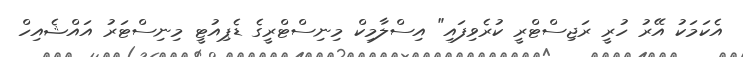
އެކަމަކު އޭރު ހުރީ ރަޖިސްޓްރީ ކުރެވިފައި" އިސްލާމިކް މިނިސްޓްރީގެ ޑެޕިއުޓީ މިނިސްޓަރު އައްޝެއިހް